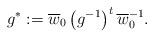
LaTeX: \begin{align*}g^*:=\overline{w}_0\left(g^{-1}\right)^t\overline{w}_0^{-1}.\end{align*}